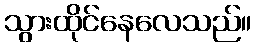
သွားထိုင်နေလေသည်။